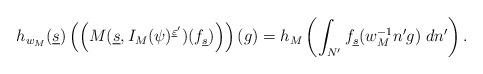
LaTeX: \begin{align*}h_{w_M}(\underline s)\left( \left(M(\underline s, I_M(\psi)^{\underline\varepsilon'})(f_{\underline s})\right)\right)(g)=h_M\left( \int_{N'} f_{\underline s}(w_M^{-1}n'g)\; dn'\right) .\end{align*}